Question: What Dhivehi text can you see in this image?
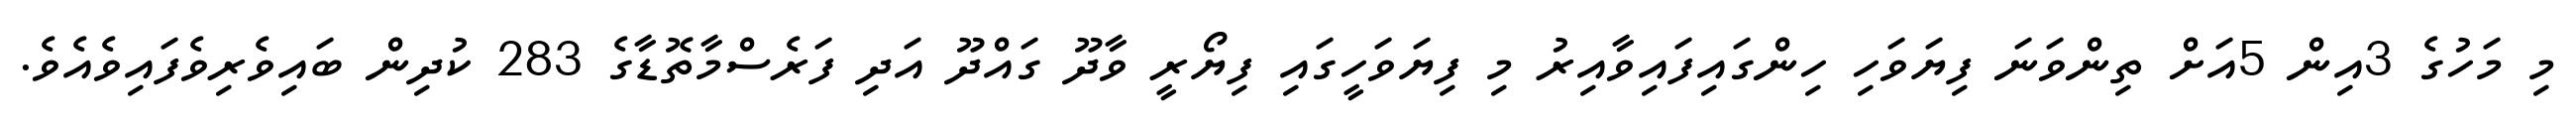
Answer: މި މަހުގެ 3އިން 5އަށް ތިންވަނަ ފިޔަވަހި ހިންގައިފައިވާއިރު މި ފިޔަވަހީގައި ފިޔޯރީ ވާދޫ ގައްދޫ އަދި ފަރެސްމާތޮޑާގެ 283 ކުދިން ބައިވެރިވެފައިވެއެވެ.